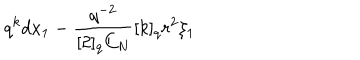
q ^ { k } d x _ { 1 } - \frac { q ^ { - 2 } } { [ 2 ] _ { q } C _ { N } } [ k ] _ { q } r ^ { 2 } \xi _ { 1 }